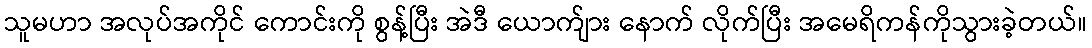
သူမဟာ အလုပ်အကိုင် ကောင်းကို စွန့်ပြီး အဲဒီ ယောက်ျား နောက် လိုက်ပြီး အမေရိကန်ကိုသွားခဲ့တယ်။